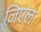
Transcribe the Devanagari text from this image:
ज़िएल